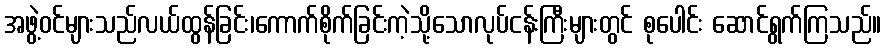
အဖွဲ့ဝင်များသည်လယ်ထွန်ခြင်း၊ကောက်စိုက်ခြင်းကဲ့သို့သောလုပ်ငန်းကြီးများတွင် စုပေါင်း ဆောင်ရွက်ကြသည်။